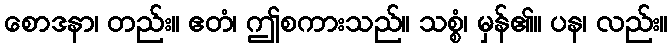
စောဒနာ၊ တည်း။ ဧတံ၊ ဤစကားသည်။ သစ္စံ၊ မှန်၏။ ပန၊ လည်း။